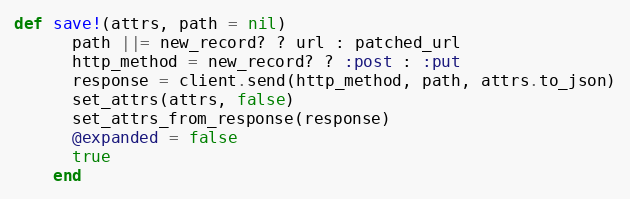
Language: Ruby
def save!(attrs, path = nil)
      path ||= new_record? ? url : patched_url
      http_method = new_record? ? :post : :put
      response = client.send(http_method, path, attrs.to_json)
      set_attrs(attrs, false)
      set_attrs_from_response(response)
      @expanded = false
      true
    end